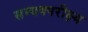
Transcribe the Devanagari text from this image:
सम्यक्परीक्ष्य